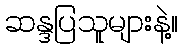
ဆန္ဒပြသူများနဲ့။